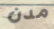
مدن